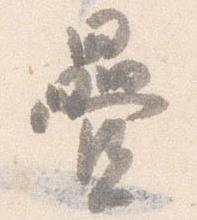
畳